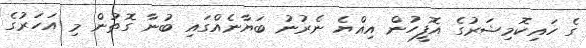
ގެ ހައިކޮމިޝަރުގެ އޮފީހުން އިއްޔެ ނެރުނު ބަޔާނެއްގައި ބުނާ ގޮތުން މި އަހަރުގެ